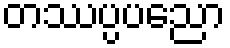
တဿပ္ပပညော